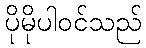
ပိုမိုပါဝင်သည်